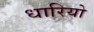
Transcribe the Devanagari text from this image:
धारियो